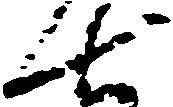
七